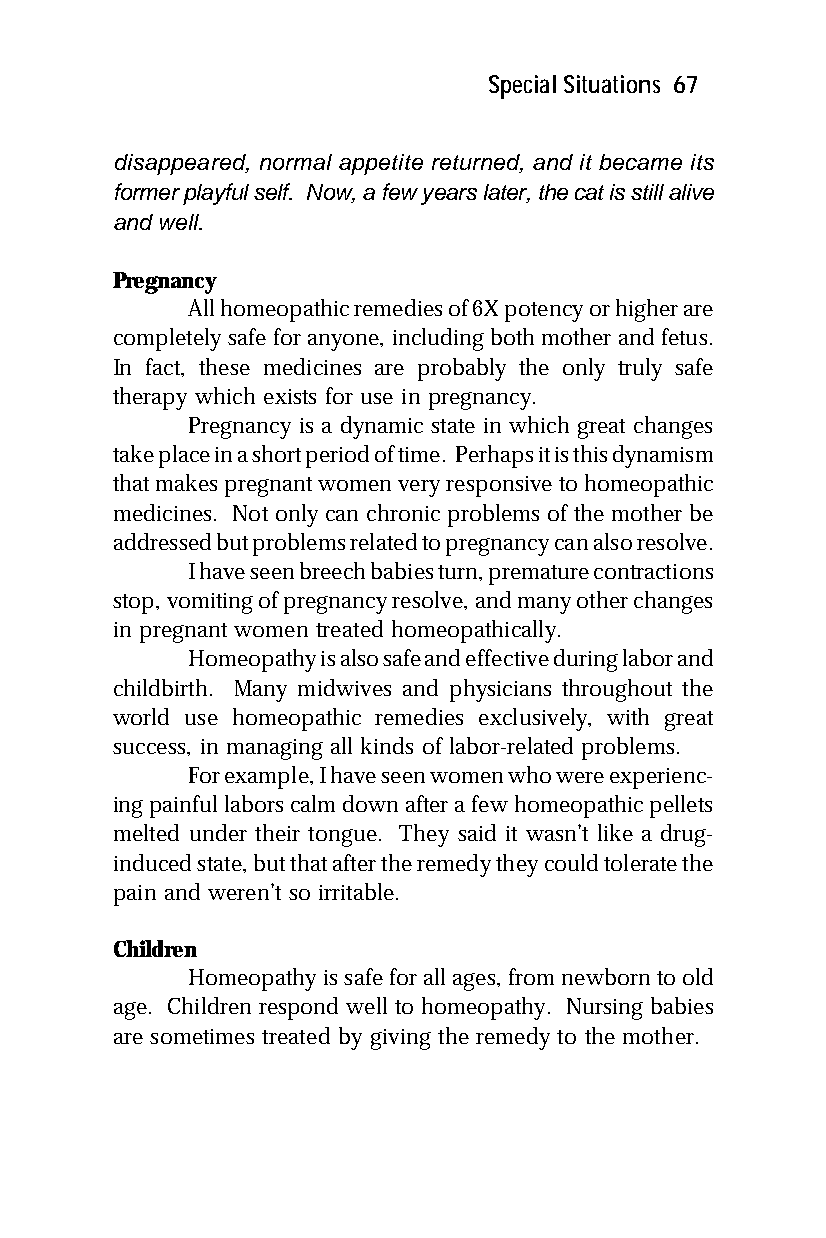
Special Situations 67
 disappeared, normal appetite returned, and it became its
 former playful self. Now, a few years later, the cat is still alive
 and well.
 Pregnancy
 All homeopathic remedies of 6X potency or higher are
 completely safe for anyone, including both mother and fetus.
 In fact, these medicines are probably the only truly safe
 therapy which exists for use in pregnancy.
 Pregnancy is a dynamic state in which great changes
 take place in a short period of time. Perhaps it is this dynamism
 that makes pregnant women very responsive to homeopathic
 medicines. Not only can chronic problems of the mother be
 addressed but problems related to pregnancy can also resolve.
 I have seen breech babies turn, premature contractions
 stop, vomiting of pregnancy resolve, and many other changes
 in pregnant women treated homeopathically.
 Homeopathy is also safe and effective during labor and
 childbirth. Many midwives and physicians throughout the
 world use homeopathic remedies exclusively, with great
 success, in managing all kinds of labor-related problems.
 For example, I have seen women who were experienc-
 ing painful labors calm down after a few homeopathic pellets
 melted under their tongue. They said it wasn’t like a drug-
 induced state, but that after the remedy they could tolerate the
 pain and weren’t so irritable.
 Children
 Homeopathy is safe for all ages, from newborn to old
 age. Children respond well to homeopathy. Nursing babies
 are sometimes treated by giving the remedy to the mother.